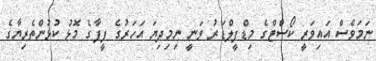
ނަމަވެސް އައިވަރީ ކޯސްޓްގެ މިޑްފީލްޑަރު ވަނީ ނިމިދިޔަ އަހަރުގެ ފީފާގެ މޮޅު ކުޅުންތެރިޔާގެ